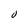
Character: 0